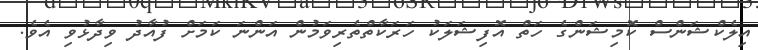
އިލެކްޝަންސް ކޮމިޝަންގެ ހަތް އޮފިޝަލަކު ހަރަކާތްތެރިވަމުން އަންނަ ކަމަށް ފުއާދު ވިދާޅުވި އެވެ.